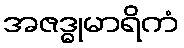
အဇဒ္ဓုမာရိကံ